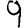
Digit: 9